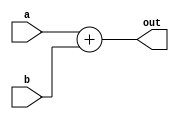
`timescale 1ns / 1ps
//////////////////////////////////////////////////////////////////////////////////
// Company: 
// Engineer: 
// 
// Design Name: 
// Module Name: Adder
// Project Name: 
// Target Devices: 
// Tool Versions: 
// Description: 
// 
// Dependencies: 
// 
// Revision:
// Revision 0.01 - File Created
// Additional Comments:
// 
//////////////////////////////////////////////////////////////////////////////////

module Adder
(
    input [63:0] a,b,
    output reg [63:0] out
);
always @ (a or b)
    out = a + b;
    
endmodule